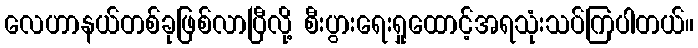
လေဟာနယ်တစ်ခုဖြစ်လာပြီလို့ စီးပွားရေးရှုထောင့်အရသုံးသပ်ကြပါတယ်။